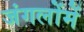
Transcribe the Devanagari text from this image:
जंगलोंमें